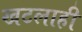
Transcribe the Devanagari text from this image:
खटलाही